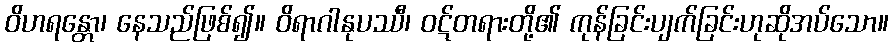
ဝိဟရန္တော၊ နေသည်ဖြစ်၍။ ဝိရာဂါနုပဿီ၊ ဝဋ်တရားတို့၏ ကုန်ခြင်းပျက်ခြင်းဟုဆိုအပ်သော။